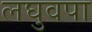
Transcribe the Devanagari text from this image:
लघुवपा